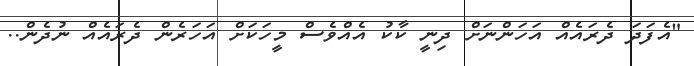
"އެފަދަ ދެރައެއް އަހަންނަށް ދިނީ ކާކު އެއްވެސް މީހަކަށް އަހަރެން ދެރައެއް ނުދެން..